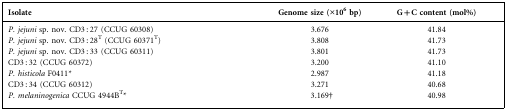
| Isolate | Genome size (×106 bp) | G+C content (mol%) |
 | --- | --- | --- |
 | P. jejuni sp. nov. CD3 : 27 (CCUG 60308) | 3.676 | 41.84 |
 | P. jejuni sp. nov. CD3 : 28T (CCUG 60371T) | 3.808 | 41.73 |
 | P. jejuni sp. nov. CD3 : 33 (CCUG 60311) | 3.801 | 41.73 |
 | CD3 : 32 (CCUG 60372) | 3.200 | 41.10 |
 | P. histicola F0411* | 2.987 | 41.18 |
 | CD3 : 34 (CCUG 60312) | 3.271 | 40.68 |
 | P. melaninogenica CCUG 4944BT* | 3.169† | 40.98 |